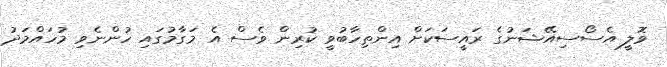
ވޮލީ އެސޯސިއޭޝަނުގެ ރައީސަކަށް އިންތިހާބުވީ ކުރިން ވެސް އެ މަގާމުގައި ހުންނެވި މުހައްމަދު